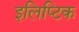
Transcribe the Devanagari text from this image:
इलिप्टिक